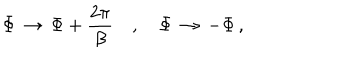
\Phi \, \rightarrow \, \Phi + \frac { 2 \pi } { \beta } \quad , \quad \Phi \, \rightarrow \, - \Phi \, ,